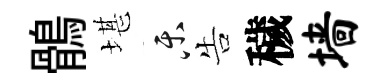
鶻堪乐告穢墙